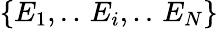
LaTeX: \{ E_{1},..\, E_{i},..\, E_{N}\}